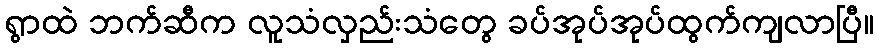
ရွာထဲ ဘက်ဆီက လူသံလှည်းသံတွေ ခပ်အုပ်အုပ်ထွက်ကျလာပြီ။